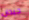
جيدان